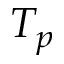
T _ { p }